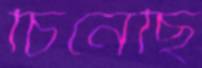
চিনেছি